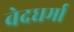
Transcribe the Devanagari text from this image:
वेदधर्मा